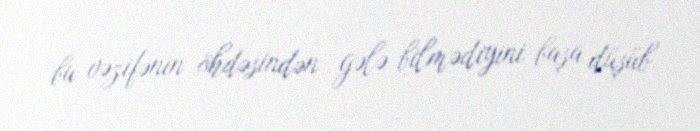
bu vəzifənin öhdəsindən gələ bilmədiyini başa düşüb.